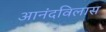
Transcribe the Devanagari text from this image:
आनंदविलास